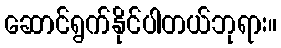
ဆောင်ရွက်နိုင်ပါတယ်ဘုရား။